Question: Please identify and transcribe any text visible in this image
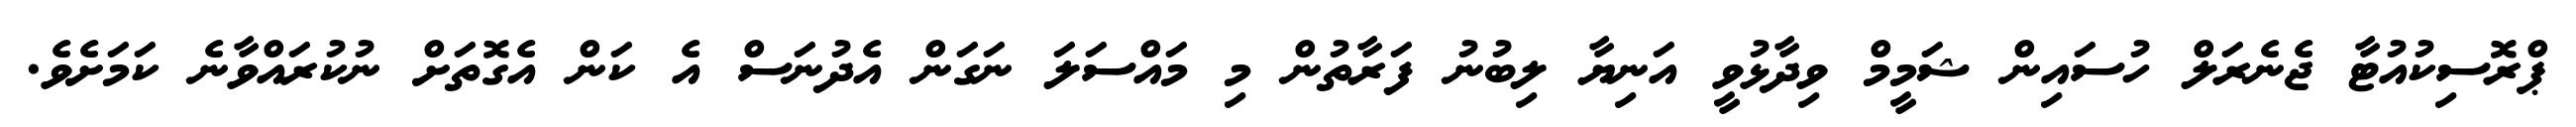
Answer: ޕްރޮސިކުއުޓާ ޖެނެރަލް ހުސައިން ޝަމީމް ވިދާޅުވީ އަނިޔާ ލިބުނު ފަރާތުން މި މައްސަލަ ނަގަން އެދުނަސް އެ ކަން އެގޮތަށް ނުކުރައްވާނެ ކަމަށެވެ.